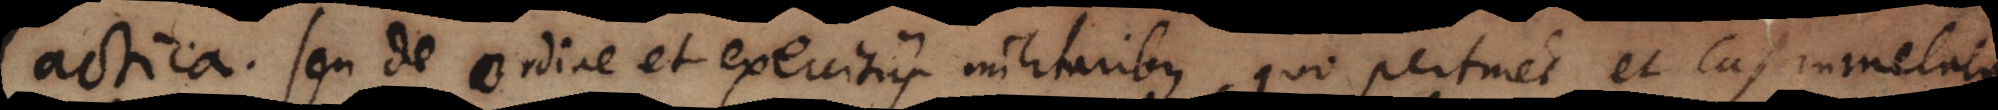
actica seu de ordine et exercitiis militaribus, quo pertinet et castrametatoria.